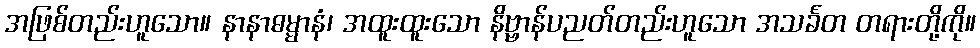
အဖြစ်တည်းဟူသော။ နာနာဓမ္မာနံ၊ အထူးထူးသော နိဗ္ဗာန်ပညတ်တည်းဟူသော အသင်္ခတ တရားတို့ကို။